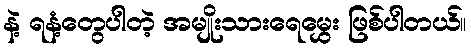
နဲ့ ရနံ့တွေပါတဲ့ အမျိုးသားရေမွှေး ဖြစ်ပါတယ်။